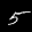
Label: 5